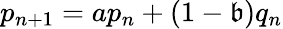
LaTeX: p_{n+1}=ap_{n}+(1-\mathfrak{b})q_{n}